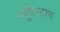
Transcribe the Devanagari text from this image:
न्यूकैज़ल